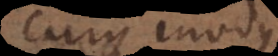
cujus modus